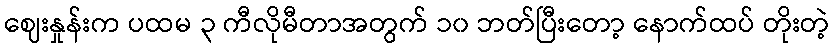
ဈေးနှုန်းက ပထမ ၃ ကီလိုမီတာအတွက် ၁၀ ဘတ်ပြီးတော့ နောက်ထပ် တိုးတဲ့